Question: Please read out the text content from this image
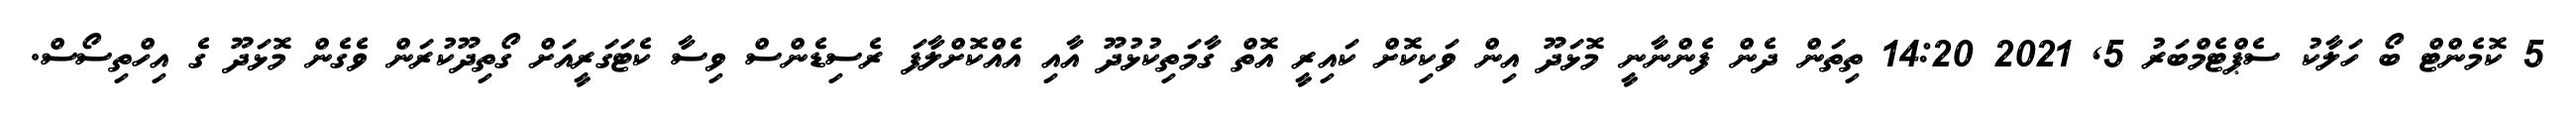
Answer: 5 ކޮމެންޓް ބޯ ހަލާކު ސެޕްޓެމްބަރު 5, 2021 14:20 ތިތަން ދެން ފެންނާނީ މޮޅަދޫ އިން ވަކިކޮށް ކައިރީ އޮތް ގާމަތިކުޅުދޫ އާއި އެއްކޮށްލާފަ ރެސިޑެންސް ވިސާ ކެޓަގަރީއަށް ގޯތިދޫކުރަން ވެގެން މޮޅަދޫ ގެ އިހްތިސޯސް.